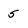
Character: 5